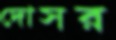
দোসর